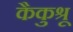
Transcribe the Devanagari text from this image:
कैकुश्रू